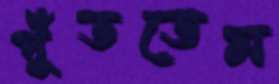
পুঁততেম